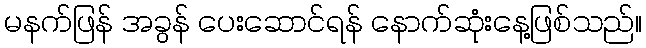
မနက်ဖြန် အခွန် ပေးဆောင်ရန် နောက်ဆုံးနေ့ဖြစ်သည်။